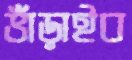
ভাঁড়াইব